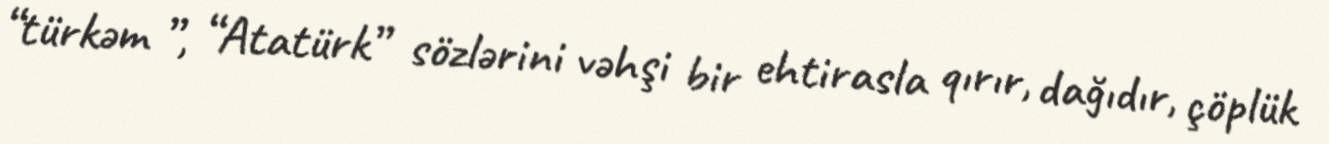
“türkəm ”, “Atatürk” sözlərini vəhşi bir ehtirasla qırır, dağıdır, çöplük